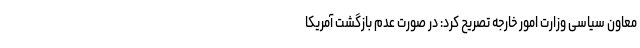
معاون سیاسی وزارت امور خارجه تصریح کرد: در صورت عدم بازگشت آمریکا